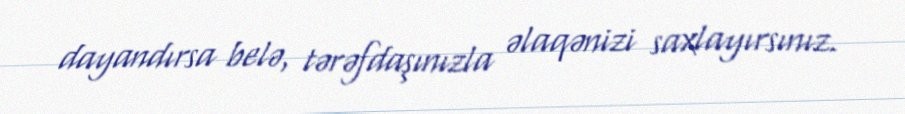
dayandırsa belə, tərəfdaşınızla əlaqənizi saxlayırsınız.